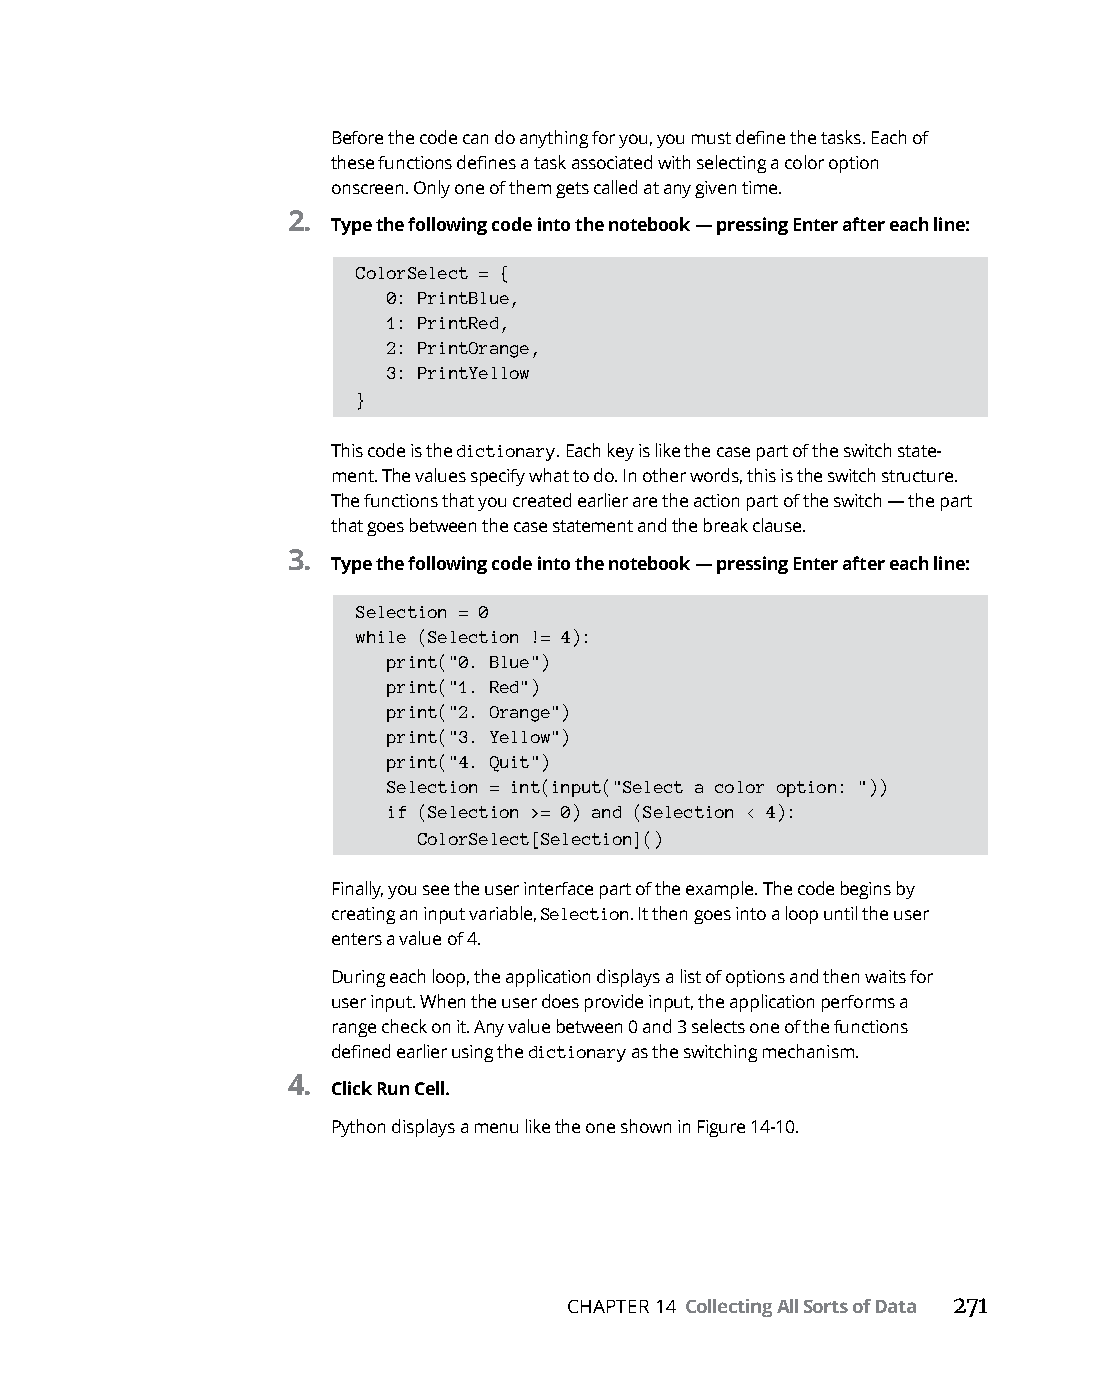
Before the code can do anything for you, you must define the tasks. Each of
 these functions defines a task associated with selecting a color option
 onscreen. Only one of them gets called at any given time.
 2.
 Type the following code into the notebook — pressing Enter after each line:
 ColorSelect = {
 0: PrintBlue,
 1: PrintRed,
 2: PrintOrange,
 3: PrintYellow
 }
 This code is the dictionary. Each key is like the case part of the switch state-
 ment. The values specify what to do. In other words, this is the switch structure.
 The functions that you created earlier are the action part of the switch — the part
 that goes between the case statement and the break clause.
 3.
 Type the following code into the notebook — pressing Enter after each line:
 Selection = 0
 while (Selection != 4):
 print("0. Blue")
 print("1. Red")
 print("2. Orange")
 print("3. Yellow")
 print("4. Quit")
 Selection = int(input("Select a color option: "))
 if (Selection >= 0) and (Selection < 4):
 ColorSelect[Selection]()
 Finally, you see the user interface part of the example. The code begins by
 creating an input variable, Selection. It then goes into a loop until the user
 enters a value of 4.
 During each loop, the application displays a list of options and then waits for
 user input. When the user does provide input, the application performs a
 range check on it. Any value between 0 and 3 selects one of the functions
 defined earlier using the dictionary as the switching mechanism.
 4.
 Click Run Cell.
 Python displays a menu like the one shown in Figure 14-10.
 CHAPTER 14 Collecting All Sorts of Data 271